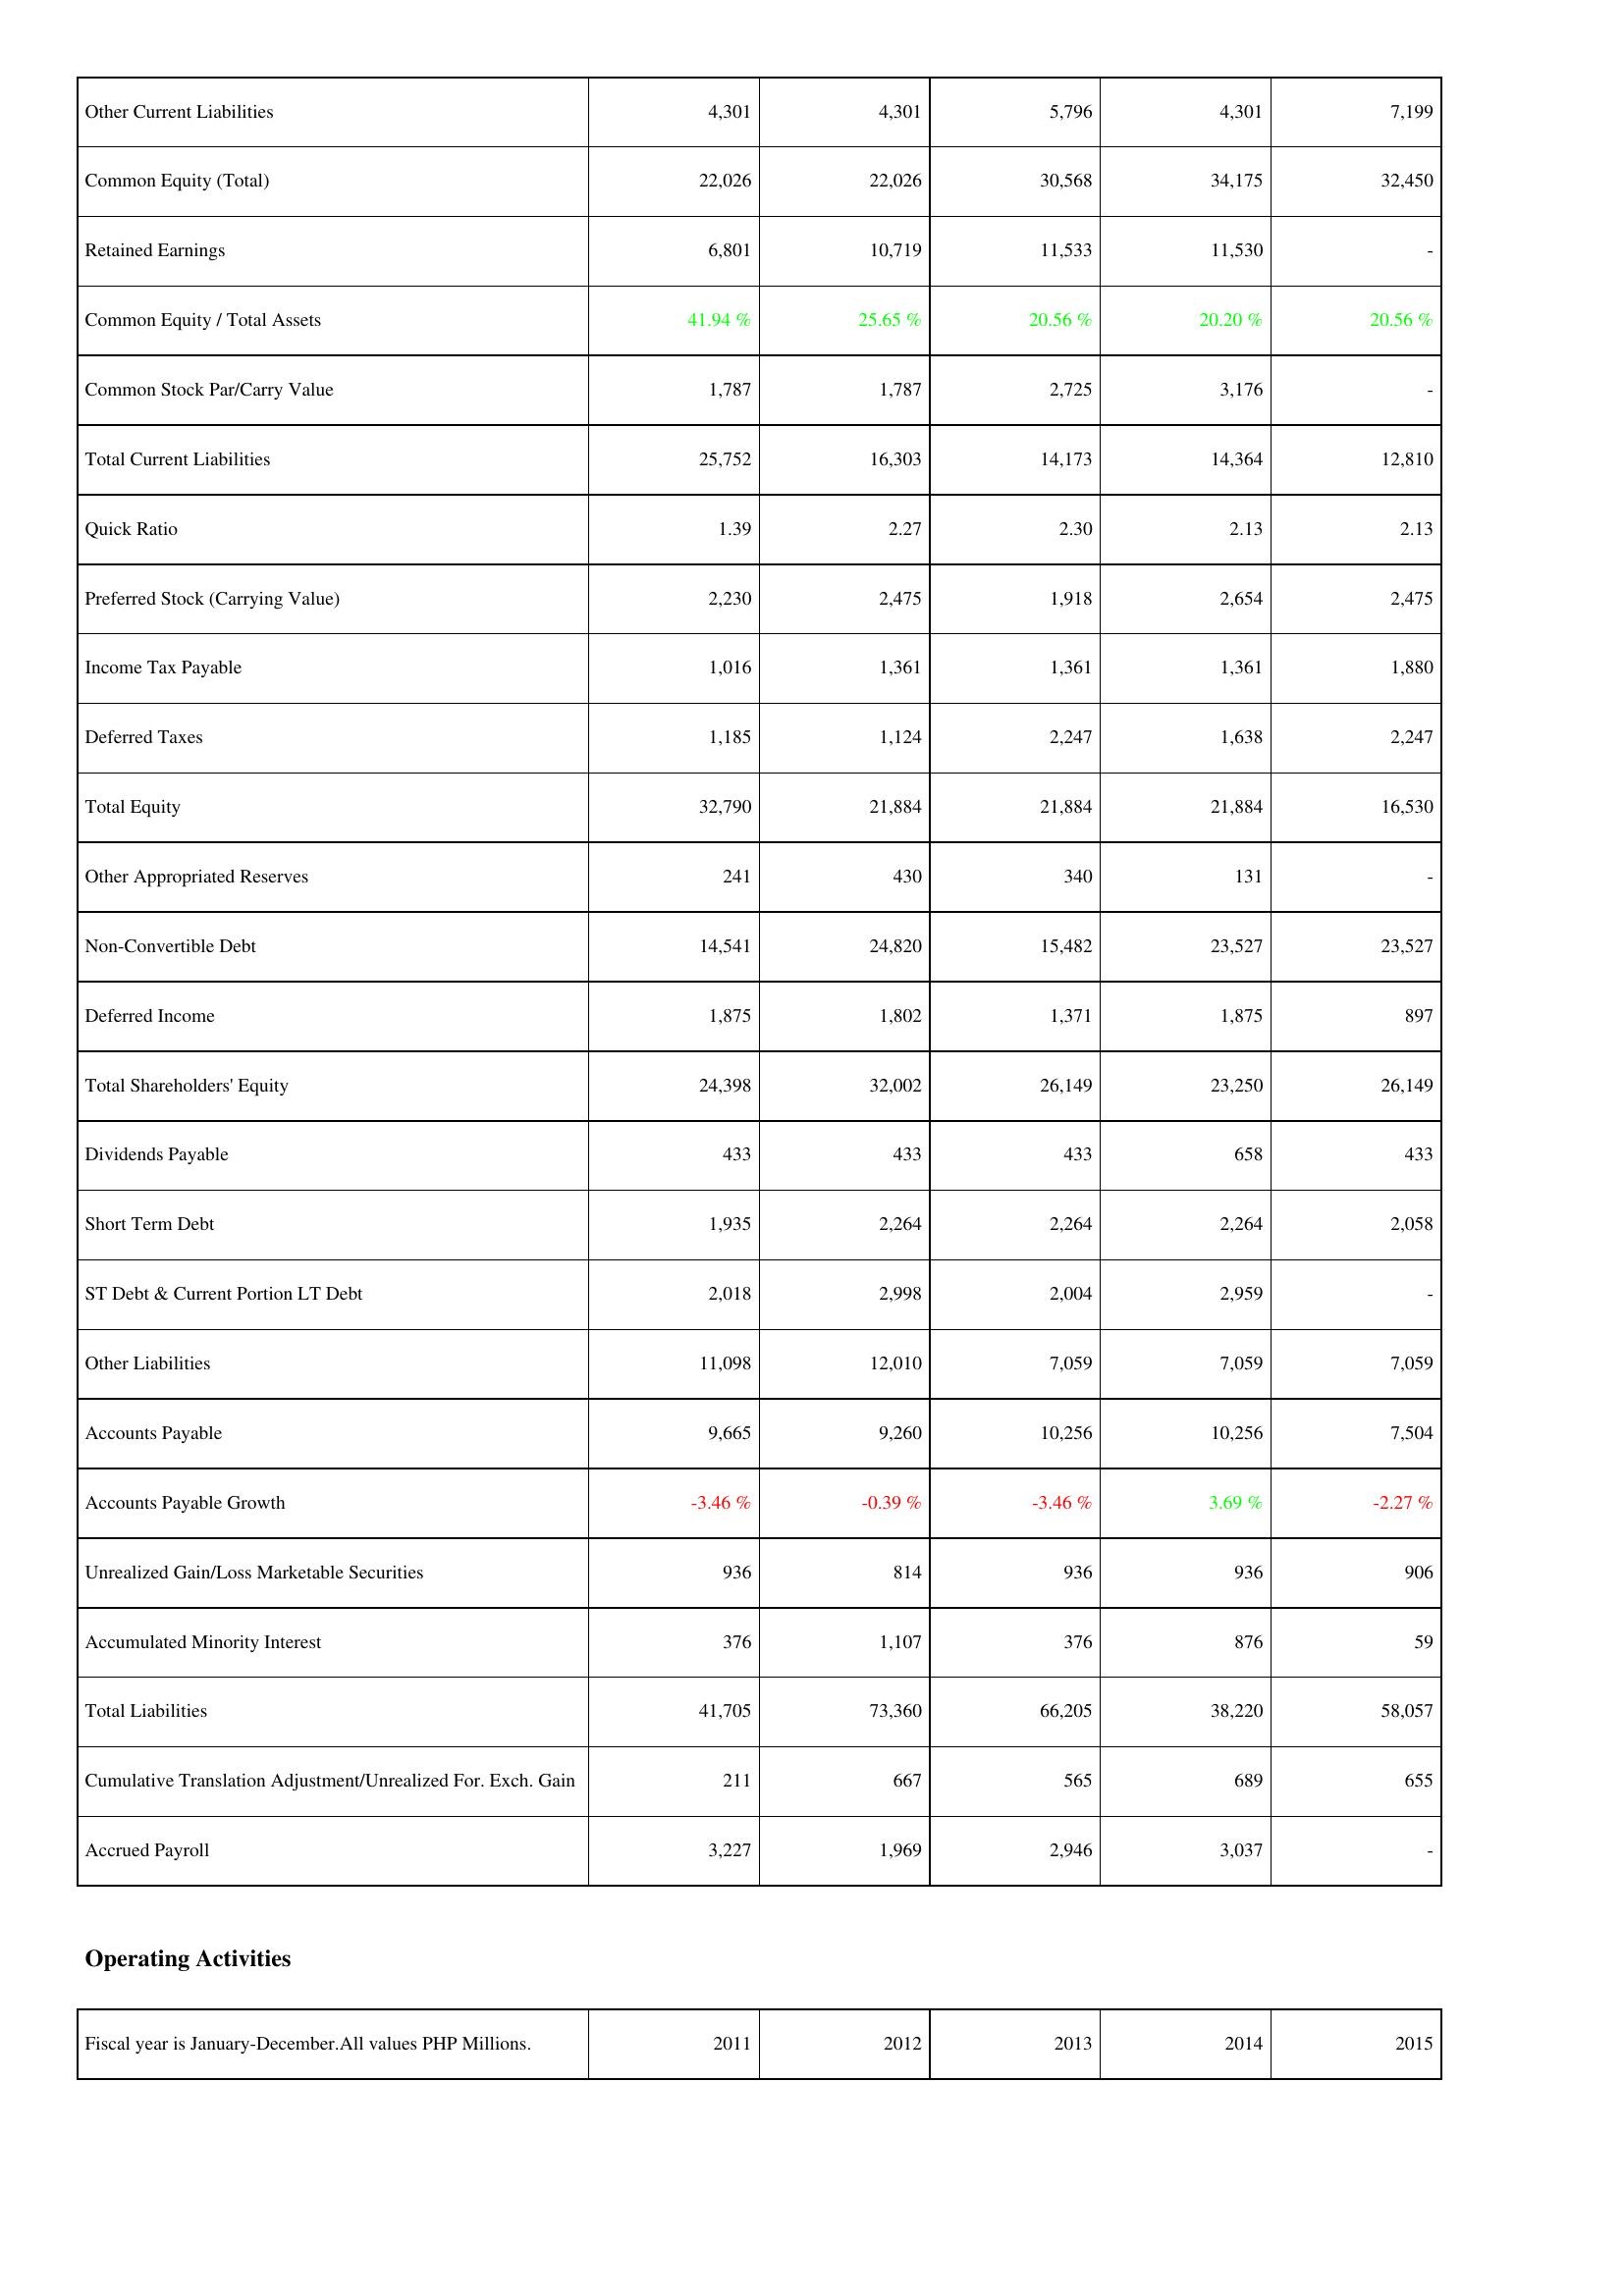
2011: Liabilities & Shareholders' Equity: Other Current Liabilities: 4,301
Common Equity (Total): 22,026
Retained Earnings: 6,801
Common Equity / Total Assets: 41.94 %
Common Stock Par/Carry Value: 1,787
Total Current Liabilities: 25,752
Quick Ratio: 1.39
Preferred Stock (Carrying Value): 2,230
Income Tax Payable: 1,016
Deferred Taxes: 1,185
Total Equity: 32,790
Other Appropriated Reserves: 241
Non-Convertible Debt: 14,541
Deferred Income: 1,875
Total Shareholders' Equity: 24,398
Dividends Payable: 433
Short Term Debt: 1,935
ST Debt & Current Portion LT Debt: 2,018
Other Liabilities: 11,098
Accounts Payable: 9,665
Accounts Payable Growth: -3.46 %
Unrealized Gain/Loss Marketable Securities: 936
Accumulated Minority Interest: 376
Total Liabilities: 41,705
Cumulative Translation Adjustment/Unrealized For. Exch. Gain: 211
Accrued Payroll: 3,227
2012: Liabilities & Shareholders' Equity: Other Current Liabilities: 4,301
Common Equity (Total): 22,026
Retained Earnings: 10,719
Common Equity / Total Assets: 25.65 %
Common Stock Par/Carry Value: 1,787
Total Current Liabilities: 16,303
Quick Ratio: 2.27
Preferred Stock (Carrying Value): 2,475
Income Tax Payable: 1,361
Deferred Taxes: 1,124
Total Equity: 21,884
Other Appropriated Reserves: 430
Non-Convertible Debt: 24,820
Deferred Income: 1,802
Total Shareholders' Equity: 32,002
Dividends Payable: 433
Short Term Debt: 2,264
ST Debt & Current Portion LT Debt: 2,998
Other Liabilities: 12,010
Accounts Payable: 9,260
Accounts Payable Growth: -0.39 %
Unrealized Gain/Loss Marketable Securities: 814
Accumulated Minority Interest: 1,107
Total Liabilities: 73,360
Cumulative Translation Adjustment/Unrealized For. Exch. Gain: 667
Accrued Payroll: 1,969
2013: Liabilities & Shareholders' Equity: Other Current Liabilities: 5,796
Common Equity (Total): 30,568
Retained Earnings: 11,533
Common Equity / Total Assets: 20.56 %
Common Stock Par/Carry Value: 2,725
Total Current Liabilities: 14,173
Quick Ratio: 2.30
Preferred Stock (Carrying Value): 1,918
Income Tax Payable: 1,361
Deferred Taxes: 2,247
Total Equity: 21,884
Other Appropriated Reserves: 340
Non-Convertible Debt: 15,482
Deferred Income: 1,371
Total Shareholders' Equity: 26,149
Dividends Payable: 433
Short Term Debt: 2,264
ST Debt & Current Portion LT Debt: 2,004
Other Liabilities: 7,059
Accounts Payable: 10,256
Accounts Payable Growth: -3.46 %
Unrealized Gain/Loss Marketable Securities: 936
Accumulated Minority Interest: 376
Total Liabilities: 66,205
Cumulative Translation Adjustment/Unrealized For. Exch. Gain: 565
Accrued Payroll: 2,946
2014: Liabilities & Shareholders' Equity: Other Current Liabilities: 4,301
Common Equity (Total): 34,175
Retained Earnings: 11,530
Common Equity / Total Assets: 20.20 %
Common Stock Par/Carry Value: 3,176
Total Current Liabilities: 14,364
Quick Ratio: 2.13
Preferred Stock (Carrying Value): 2,654
Income Tax Payable: 1,361
Deferred Taxes: 1,638
Total Equity: 21,884
Other Appropriated Reserves: 131
Non-Convertible Debt: 23,527
Deferred Income: 1,875
Total Shareholders' Equity: 23,250
Dividends Payable: 658
Short Term Debt: 2,264
ST Debt & Current Portion LT Debt: 2,959
Other Liabilities: 7,059
Accounts Payable: 10,256
Accounts Payable Growth: 3.69 %
Unrealized Gain/Loss Marketable Securities: 936
Accumulated Minority Interest: 876
Total Liabilities: 38,220
Cumulative Translation Adjustment/Unrealized For. Exch. Gain: 689
Accrued Payroll: 3,037
2015: Liabilities & Shareholders' Equity: Other Current Liabilities: 7,199
Common Equity (Total): 32,450
Retained Earnings: -
Common Equity / Total Assets: 20.56 %
Common Stock Par/Carry Value: -
Total Current Liabilities: 12,810
Quick Ratio: 2.13
Preferred Stock (Carrying Value): 2,475
Income Tax Payable: 1,880
Deferred Taxes: 2,247
Total Equity: 16,530
Other Appropriated Reserves: -
Non-Convertible Debt: 23,527
Deferred Income: 897
Total Shareholders' Equity: 26,149
Dividends Payable: 433
Short Term Debt: 2,058
ST Debt & Current Portion LT Debt: -
Other Liabilities: 7,059
Accounts Payable: 7,504
Accounts Payable Growth: -2.27 %
Unrealized Gain/Loss Marketable Securities: 906
Accumulated Minority Interest: 59
Total Liabilities: 58,057
Cumulative Translation Adjustment/Unrealized For. Exch. Gain: 655
Accrued Payroll: -